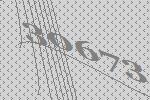
30673